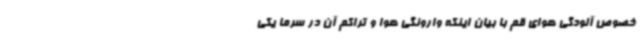
خصوص آلودگی هوای قم با بیان اینکه وارونگی هوا و تراکم آن در سرما یکی